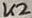
Text: K2